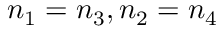
n _ { 1 } = n _ { 3 } , n _ { 2 } = n _ { 4 }